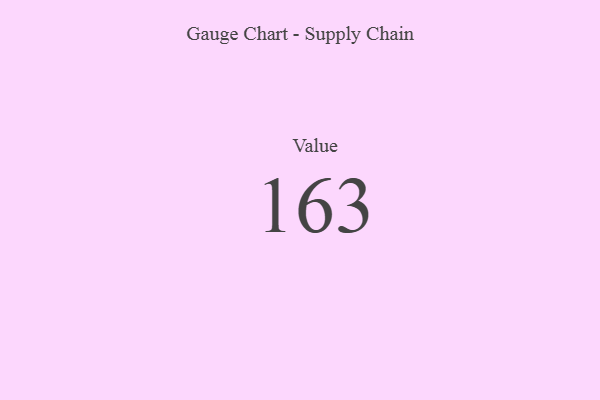
{"axis": {"x": "Metric", "y": "Value"}, "legend": [""], "data": [{"x": "Value", "y": 163, "type": ""}]}